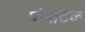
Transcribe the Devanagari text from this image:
पोषटिक